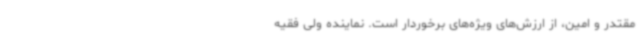
مقتدر و امین، از ارزش‌های ویژه‌های برخوردار است. نماینده ولی فقیه